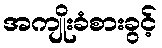
အကျိုးခံစားခွင့်